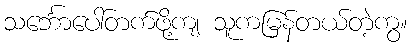
သင်္ဘောပေါ်တက်ဖို့ကျ သူကမြန်တယ်တဲ့ကွ။